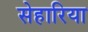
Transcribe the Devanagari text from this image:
सेहारिया